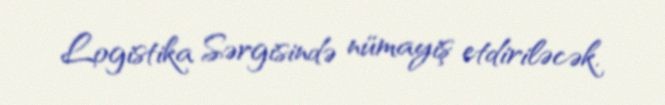
Logistika Sərgisində nümayiş etdiriləcək.